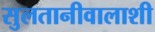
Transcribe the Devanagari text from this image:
सुलतानीवालाशी